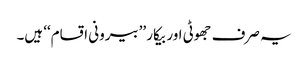
یہ صرف جھوٹی اور بیکار ’’بیرونی اقسام‘‘ ہیں۔